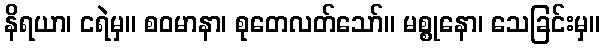
နိရယာ၊ ငရဲမှ။ စဝမာနာ၊ စုတေလတ်သော်။ မစ္စုနော၊ သေခြင်းမှ။